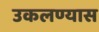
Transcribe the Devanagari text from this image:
उकलण्यास